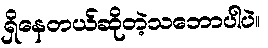
ရှိနေတယ်ဆိုတဲ့သဘောပါပဲ။